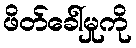
ဖိတ်ခေါ်မှုကို